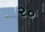
૨૦